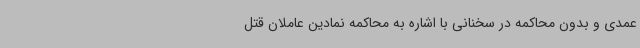
عمدی و بدون محاکمه در سخنانی با اشاره به محاکمه نمادین عاملان قتل